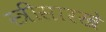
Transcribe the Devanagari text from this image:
स्त्रीसारखे